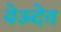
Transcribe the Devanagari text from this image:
येऊदेत